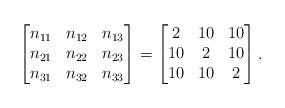
LaTeX: \begin{align*}\begin{bmatrix}n_{11} & n_{12} & n_{13} \\n_{21} &n_{22} &n_{23}\\n_{31} & n_{32} & n_{33} \end{bmatrix} &= \begin{bmatrix}2&10&10\\10&2&10\\10&10&2\end{bmatrix}.\end{align*}